Rangoon Lunatic Asylum 1878-1892 - 1878-1892
Year: 1878
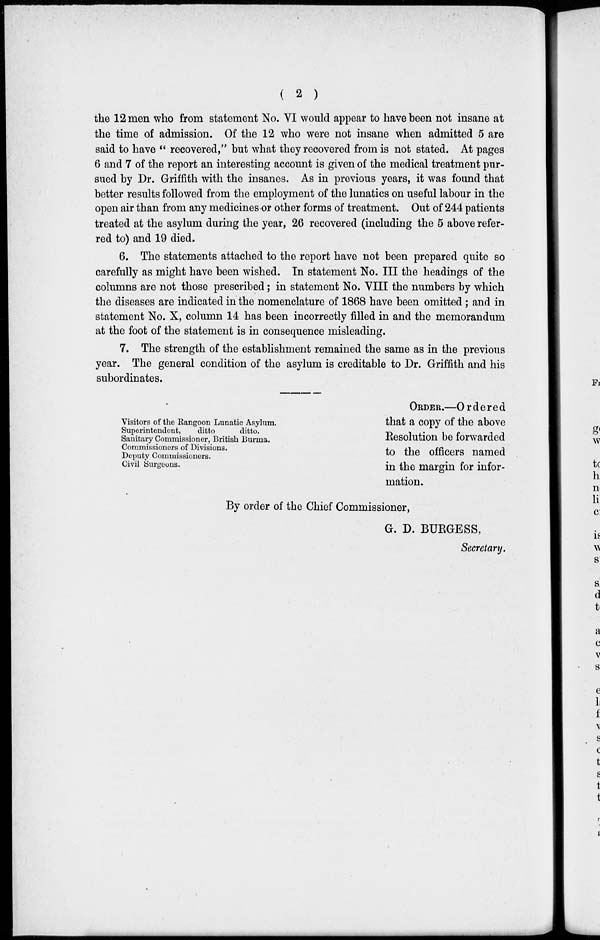
( 2 )
the 12 men who from statement No. VI would appear to have been not insane at
the time of admission. Of the 12 who were not insane when admitted 5 are
said to have " recovered," but what they recovered from is not stated. At pages
6 and 7 of the report an interesting account is given of the medical treatment pur-
sued by Dr. Griffith with the insanes. As in previous years, it was found that
better results followed from the employment of the lunatics on useful labour in the
open air than from any medicines or other forms of treatment. Out of 244 patients
treated at the asylum during the year, 26 recovered (including the 5 above refer-
red to) and 19 died.
6. The statements attached to the report have not been prepared quite so
carefully as might have been wished. In statement No. III the headings of the
columns are not those prescribed; in statement No. VIII the numbers by which
the diseases are indicated in the nomenclature of 1868 have been omitted ; and in
statement No. X, column 14 has been incorrectly filled in and the memorandum
at the foot of the statement is in consequence misleading.
7. The strength of the establishment remained the same as in the previous
year. The general condition of the asylum is creditable to Dr. Griffith and his
subordinates.
Visitors of the Rangoon Lunatic Asylum.
Superintendent,
ditto
ditto.
Sanitary Commissioner, British Burma,
Commissioners of Divisions.
Deputy Commissioners.
Civil Surgeons.
ORDER.—Ordered
that a copy of the above
Resolution be forwarded
to the officers named
in the margin for infor-
mation.
By order of the Chief Commissioner,
G. D. BURGESS,
Secretary.